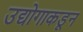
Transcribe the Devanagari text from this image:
उद्योगाकडून